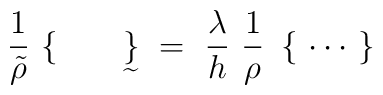
\frac{1}{\tilde\rho}\ \bigl\{ \qquad\mathop{\big\}}\limits_{\widetilde{ }} \ = \ \frac \lambda h \ \frac 1 \rho \ \left\{ \ \cdots \ \right\}